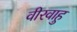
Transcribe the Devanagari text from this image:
वीरवाहु